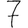
Digit: 7